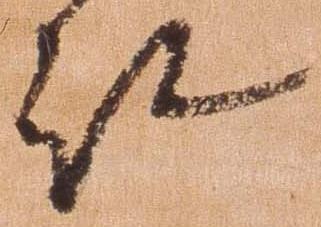
被